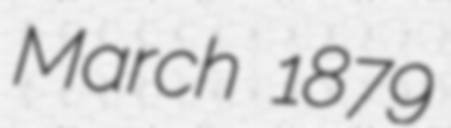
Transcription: March 1879